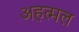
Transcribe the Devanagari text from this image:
अहत्मल